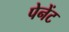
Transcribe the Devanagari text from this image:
पेनेंट